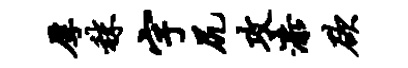
厚秣字尻攻漆欲